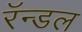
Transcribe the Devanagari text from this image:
रॅन्डल